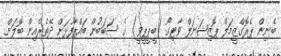
ބެނިން ޕެރޮގްޒީމަލް ޕޮޒިޝަނަލް ވާޓިގޯ (ބީޕީޕީވީ) ގެ ސަބަބުން ބައްޕާފުޅަށް ދޭތެރެއިން ބޮލަށް